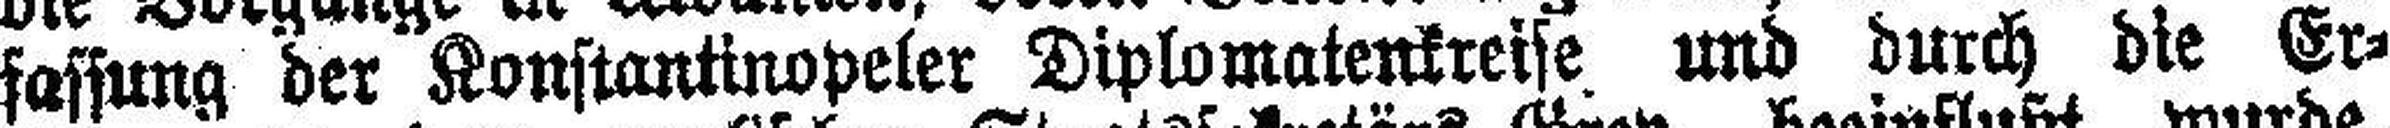
fassung der Konstantinopeler Diplomatenkreise und durch die Er¬